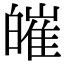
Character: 皠